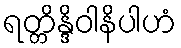
ရတ္တိန္ဒိဝါနိပါဟံ